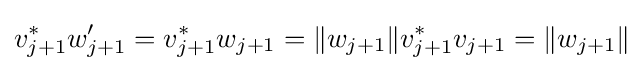
v_{j+1}^{*}w_{j+1}'=v_{j+1}^{*}w_{j+1}=\|w_{j+1}\|v_{j+1}^{*}v_{j+1}=\|w_{j+1}\|